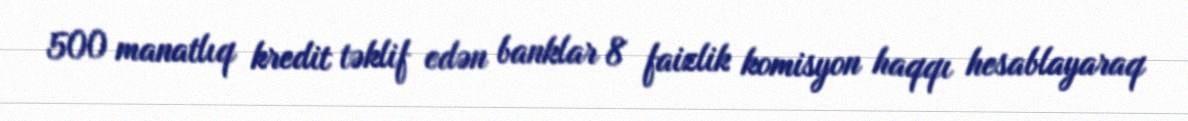
500 manatlıq kredit təklif edən banklar 8 faizlik komisyon haqqı hesablayaraq